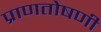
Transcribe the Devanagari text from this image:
प्राणतोषणी